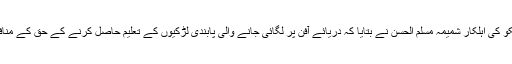
یونیسیکو کی اہلکار شمیمہ مسلم الحسن نے بتایا کہ دریائے آفن پر لگائی جانے والی پابندی لڑکیوں کے تعلیم حاصل کرنے کے حق کے منافی ہے۔